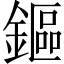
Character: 鏂